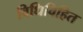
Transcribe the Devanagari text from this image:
विधिविहित